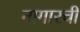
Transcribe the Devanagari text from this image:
नागारची